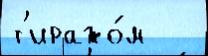
т'иражо́м